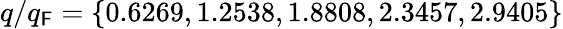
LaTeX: q/q_{\mathsf{F}}=\{ 0.6269,1.2538,1.8808,2.3457,2.9405\}